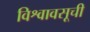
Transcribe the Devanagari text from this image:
विश्वावसूची